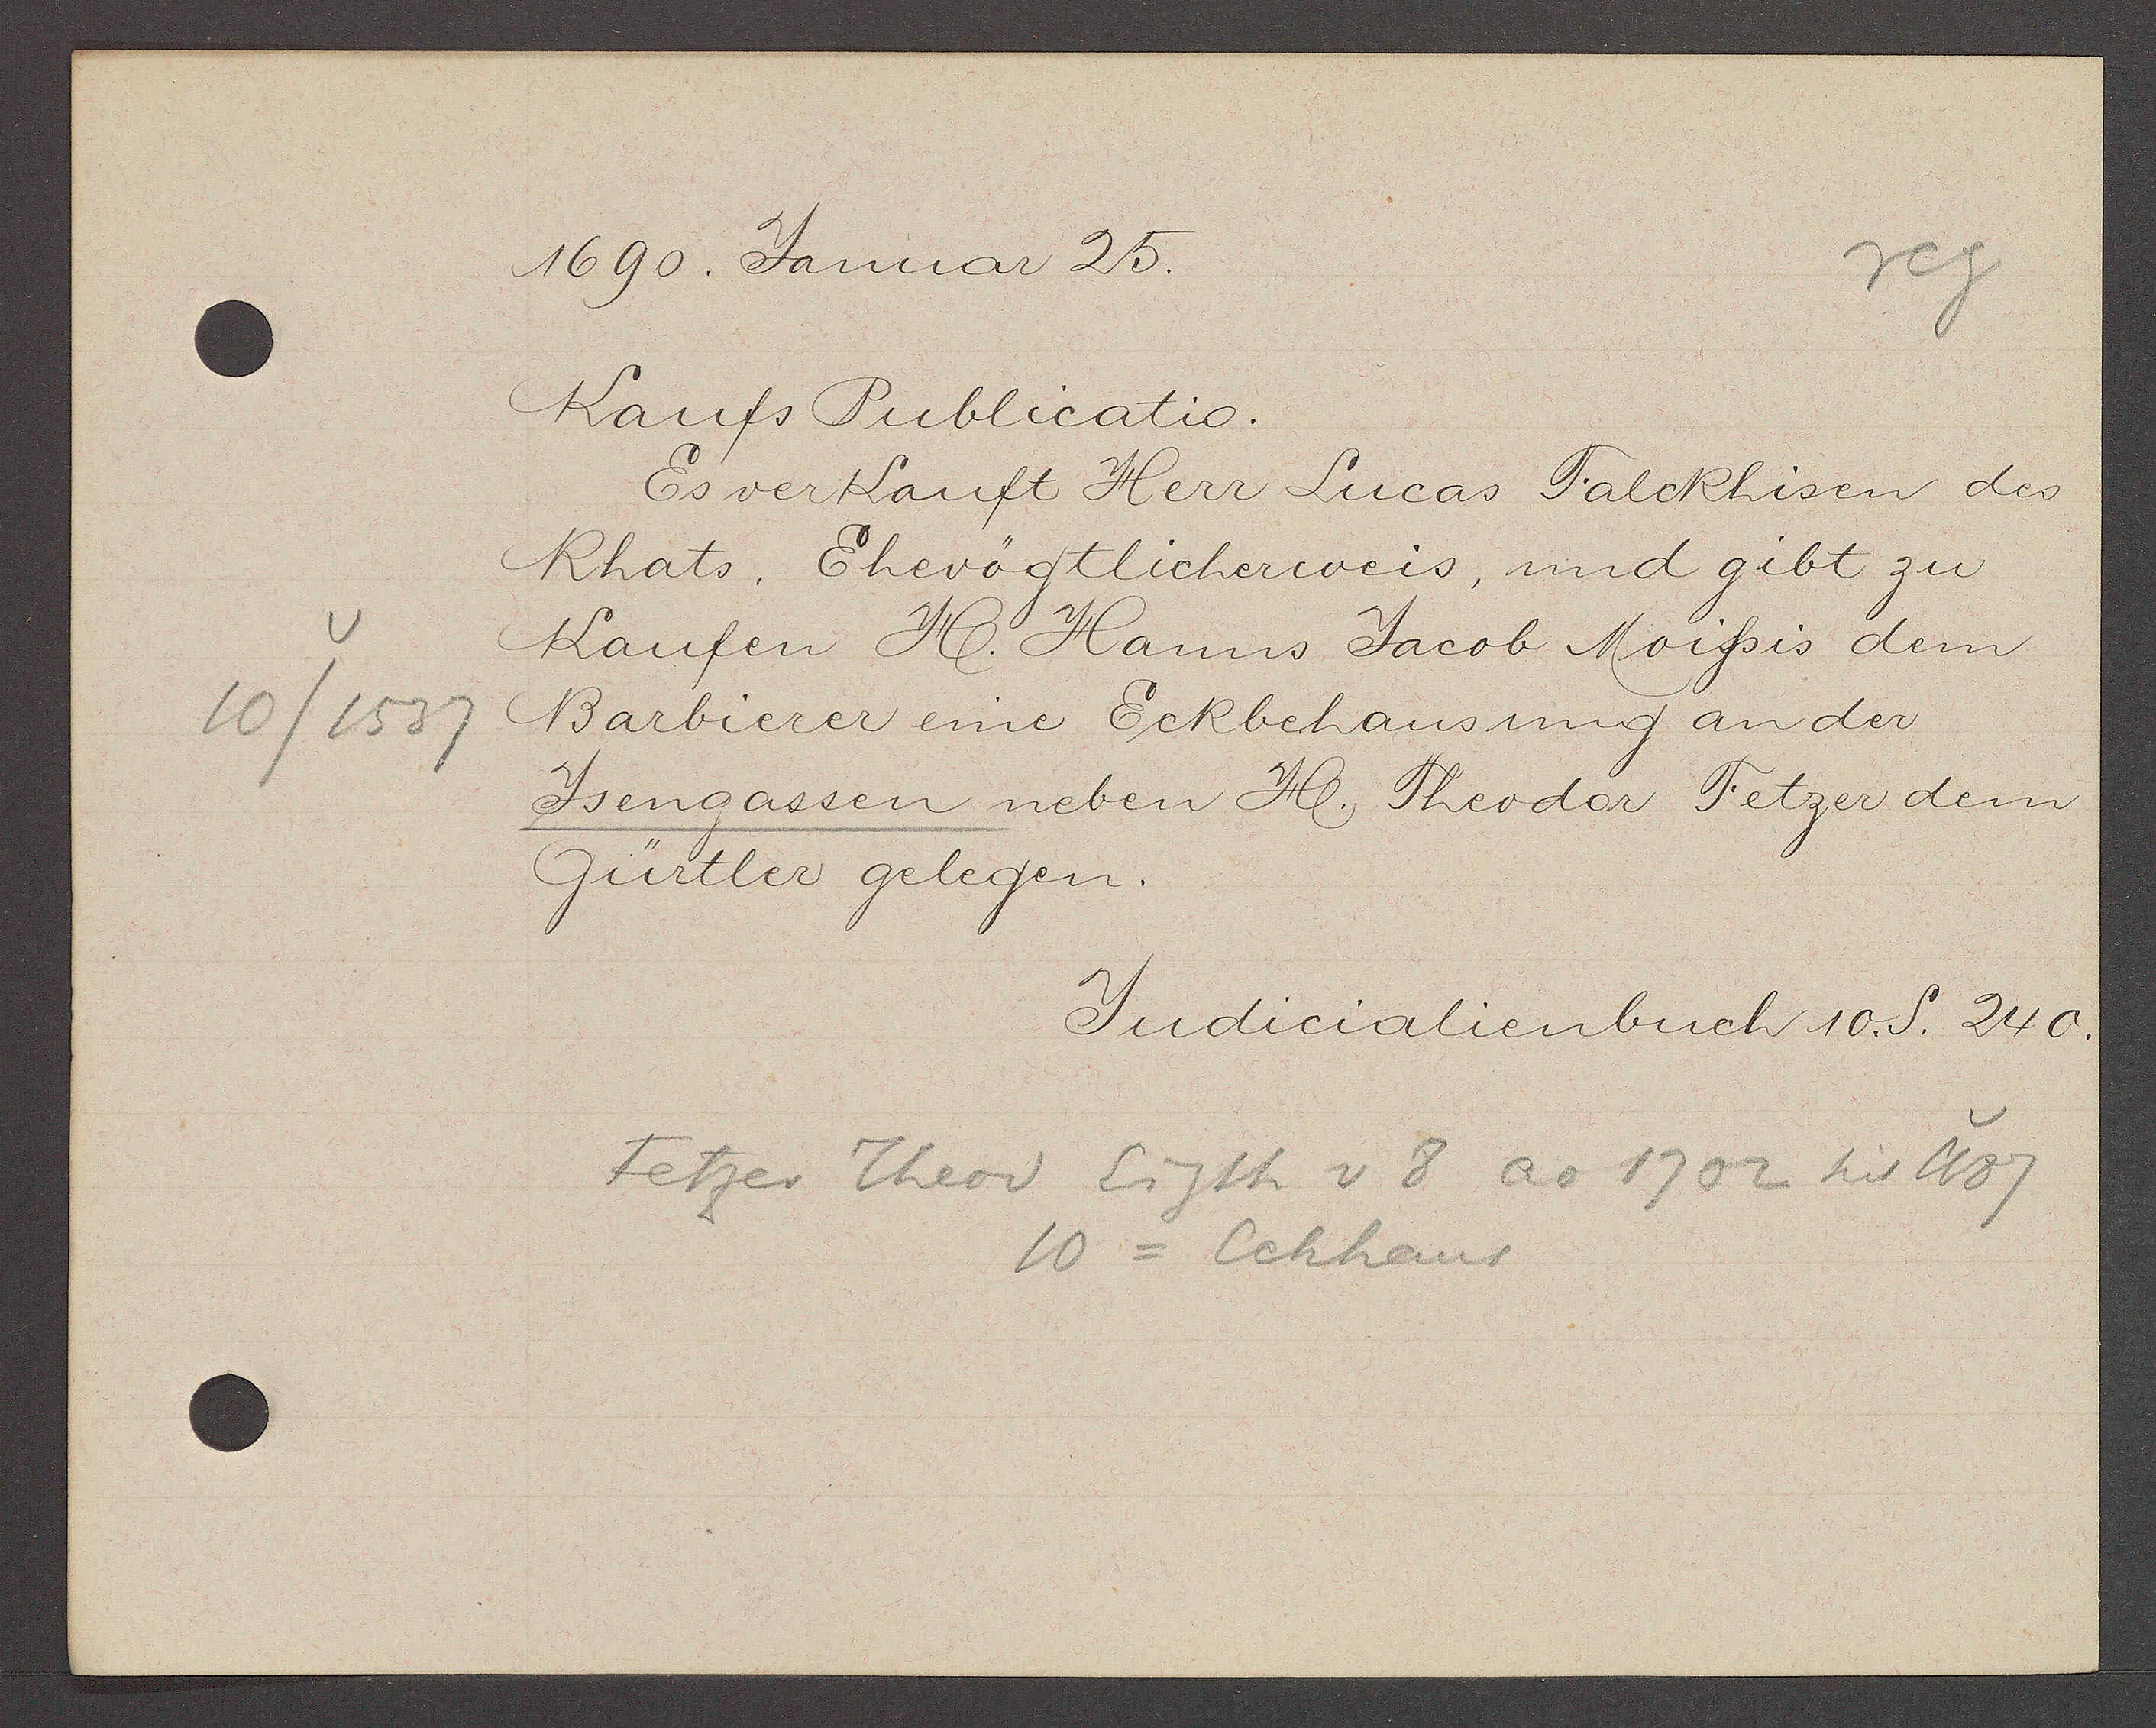
Transcript:
10/1537

1690. Januar 25.

Kaufs Publicatio.
Es verkauft Herr Lucas Talckhisen des
Rhats, Ehevögtlicherweis, und gibt zu
Kaufen H. Hanns Jacob Moissis dem
Barbierer eine Eckbehausung an der
Jsengassen neben H. Theodor Tetzer dem
Gürtler gelegen.

Judicalienbuch 10. S. 240.

Fetzer Theod Eigth v 8 ao 1702 bis 1687
10 = Eckhaus